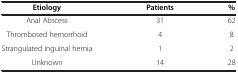
| Etiology | Patients | % |
 | --- | --- | --- |
 | Anal Abscess | 31 | 62 |
 | Thrombosed hemorrhoid | 4 | 8 |
 | Strangulated inguinal hernia | 1 | 2 |
 | Unknown | 14 | 28 |